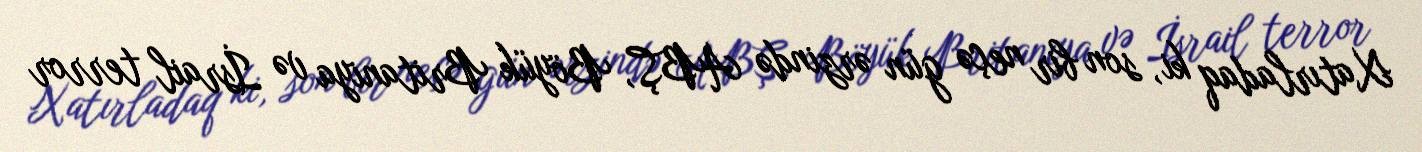
Xatırladaq ki, son bir neçə gün ərzində ABŞ, Böyük Britaniya və İsrail terror